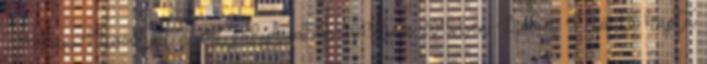
2014-ben Nívódíjat nyert pályázatok 2013-ban 2015-ben Lovas Márta kapta